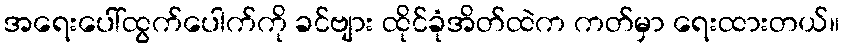
အရေးပေါ်ထွက်ပေါက်ကို ခင်ဗျား ထိုင်ခုံအိတ်ထဲက ကတ်မှာ ရေးထားတယ်။